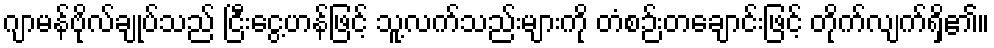
ဂျာမန်ဗိုလ်ချုပ်သည် ငြီးငွေ့ဟန်ဖြင့် သူ့လက်သည်းများကို တံစဉ်းတချောင်းဖြင့် တိုက်လျက်ရှိ၏။